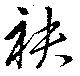
袂